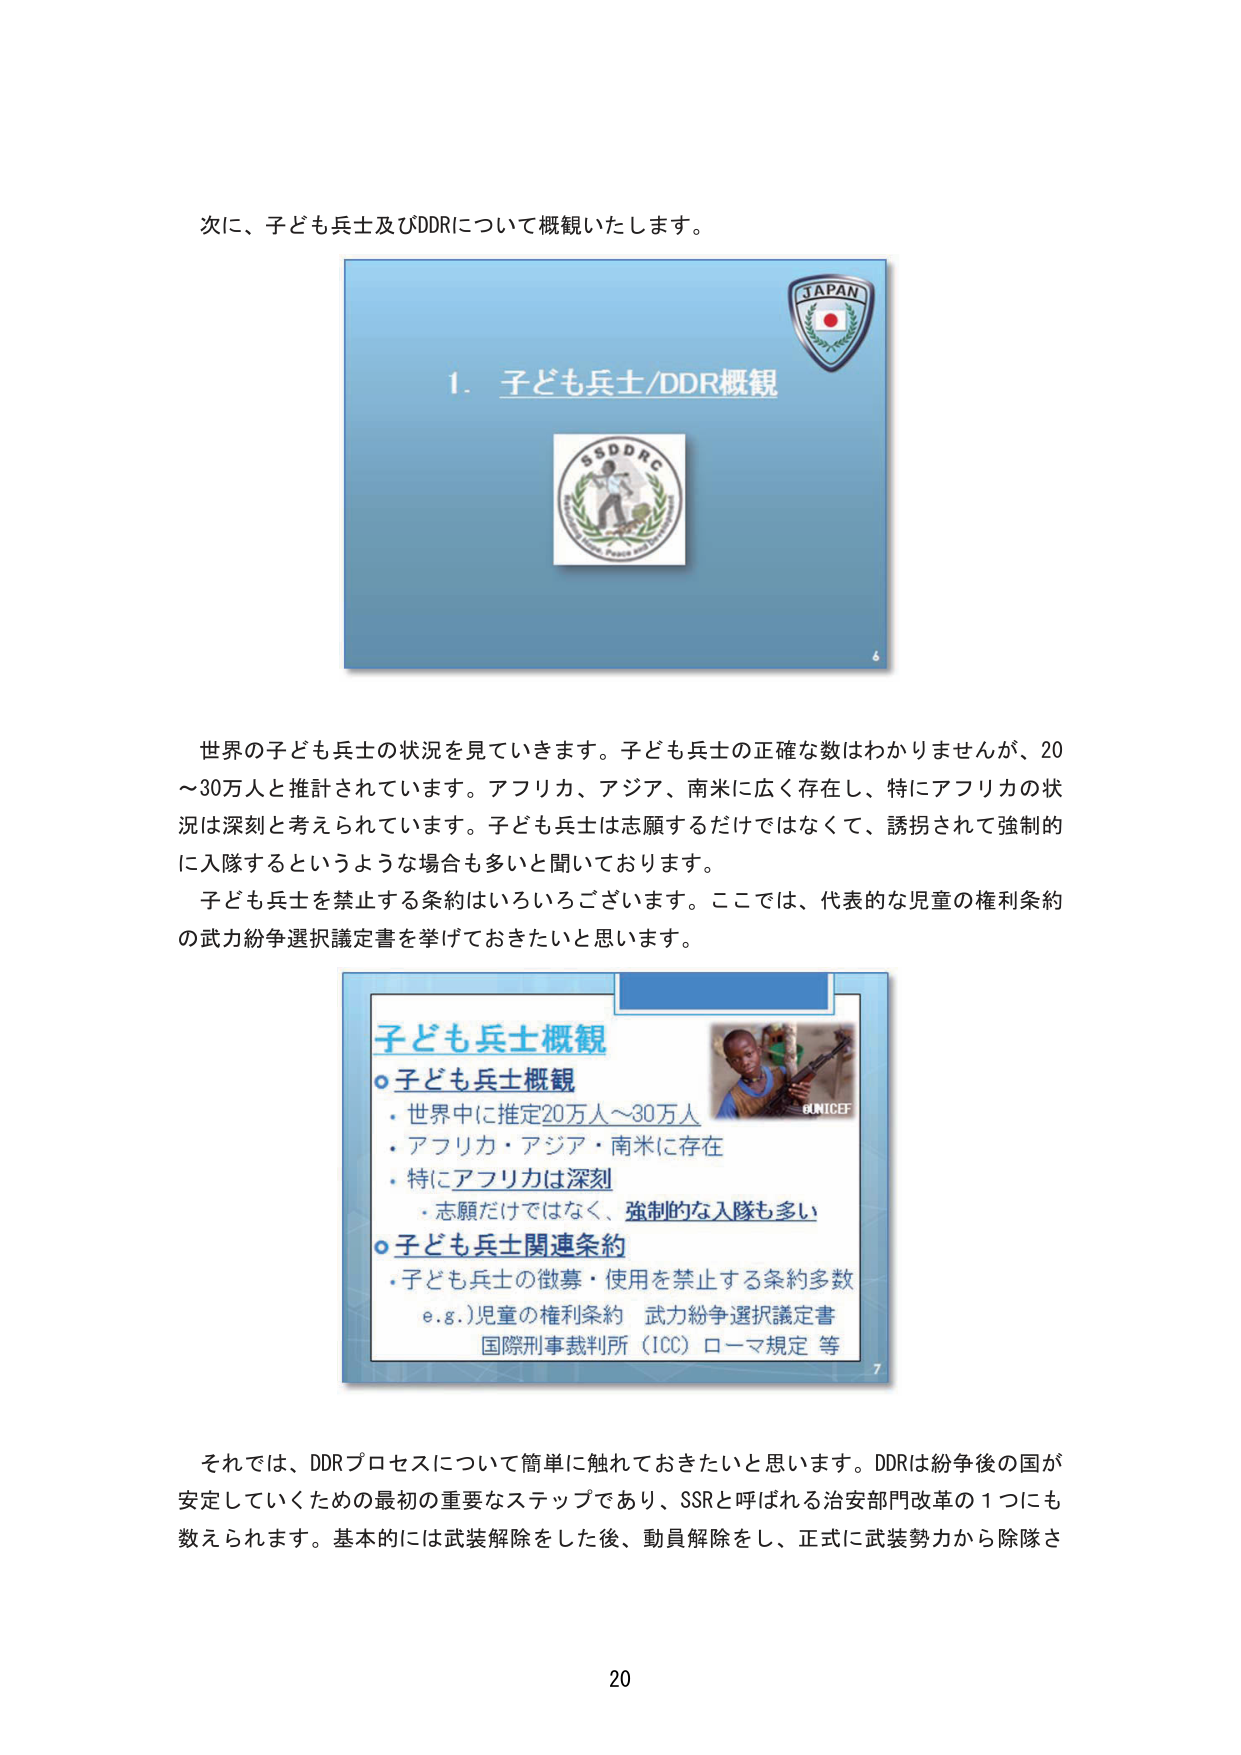
次に、子ども兵士及びDDRについて概観いたします。

1. 子ども兵士/DDR概観

JAPAN

SSDDRC
Children, Peace and Development

6

世界の子ども兵士の状況を見てきます。子ども兵士の正確な数はわかりませんが、20～30万人と推計されています。アフリカ、アジア、南米に広く存在し、特にアフリカの状況は深刻と考えられています。子ども兵士は志願するだけではなくて、誘拐されて強制的に入隊するというような場合も多いと聞いております。
子ども兵士を禁止する条約はいろいろございます。ここでは、代表的な児童の権利条約の武力紛争選択議定書を挙げておきたいと思います。

子ども兵士概観
○子ども兵士概観
・世界中に推定20万人～30万人
・アフリカ・アジア・南米に存在
・特にアフリカは深刻
　・志願だけではなく、強制的な入隊も多い
○子ども兵士関連条約
・子ども兵士の徴募・使用を禁止する条約多数
　e.g.) 児童の権利条約　武力紛争選択議定書
　　　　国際刑事裁判所（ICC）ローマ規定 等

©UNICEF

7

それでは、DDRプロセスについて簡単に触れておきたいと思います。DDRは紛争後の国が安定していくための最初の重要なステップであり、SSRと呼ばれる治安部門改革の1つにも数えられます。基本的には武装解除をした後、動員解除をし、正式に武装勢力から除隊さ

20